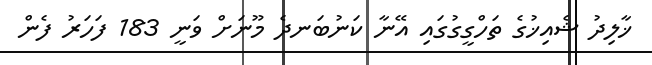
ޚާލިދު ޝެއިޚުގެ ތަހްގީގުގައި އޭނާ ކަނުބަނދެ މޫނަށް ވަނީ 183 ފަހަރު ފެން